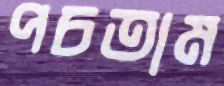
পচতাম